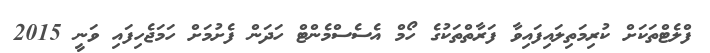
ފްލެޓްތަކަށް ކުރިމަތިލައިފައިވާ ފަރާތްތަކުގެ ހޯމް އެސެސްމެންޓް ހަދަން ފެށުމަށް ހަމަޖެހިފައި ވަނީ 2015